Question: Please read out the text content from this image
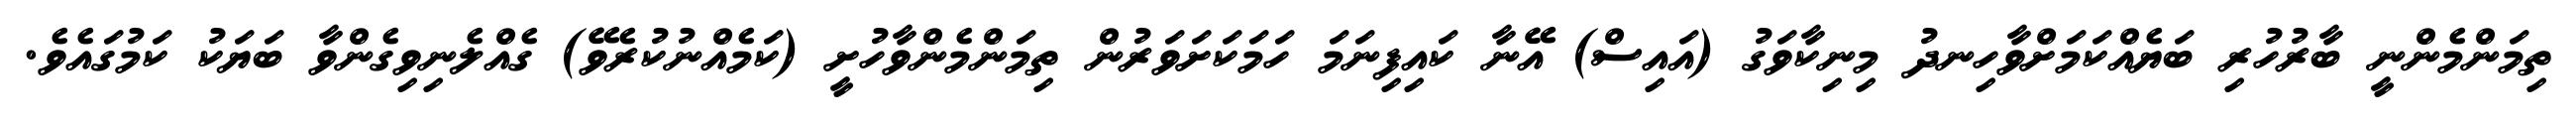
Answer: ތިމަންމެންނީ ބާރުހުރި ބަޔެއްކަމަށްވާހިނދު މިނިކާވަގު (އައިސް) އޭނާ ކައިފިނަމަ ހަމަކަށަވަރުން ތިމަންމެންވާހުށީ (ކަމެއްނުކުރެވޭ) ގެއްލެނިވިގެންވާ ބަޔަކު ކަމުގައެވެ.